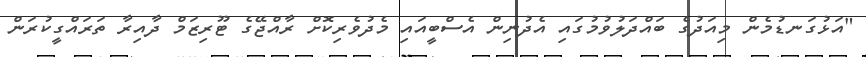
"އަޅުގަނޑުމެން މިއަދުގެ ބައްދަލުވުމުގައި އެދުނިން އެސްބީއައި މެދުވެރިކޮށް ރާއްޖޭގެ ޓޫރިޒަމް ދާއިރާ ތަރައްގީކުރަން